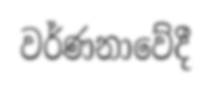
වර්ණනාවේදී